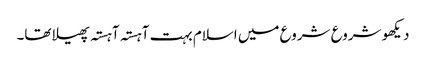
دیکھو شروع شروع میں اسلام بہت آہستہ آہستہ پھیلا تھا۔